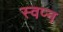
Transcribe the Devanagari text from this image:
स्‍वप्‍न